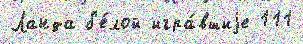
Ланда б'е́лой игра́вшиjе 111